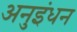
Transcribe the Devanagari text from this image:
अनुइंधन